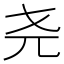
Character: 尧